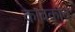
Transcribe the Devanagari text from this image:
कावकाव